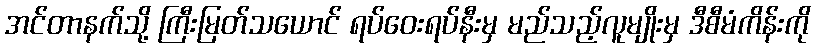
အင်တာနက်သို့ ကြီးမြတ်သယောင် ရပ်ဝေးရပ်နီးမှ မည်သည့်လူမျိုးမှ ဒီစီမံကိန်းကို